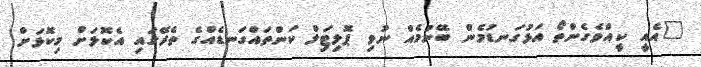
"އެއީ ކީއްވެގެންތޯ އަޅުގަނޑުމެން ބޭނުމެއް ނުވި ޕޮލިޓިަލް ކަންތައްގަނޑެއްގެ ތެރޭގައި އެކޮޅަށް މިކޮޅަށް